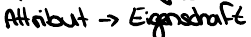
Attribut -> Eigenschaft